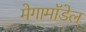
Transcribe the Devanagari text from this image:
मेगामॉडेल